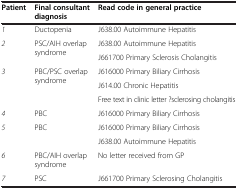
<table><thead><tr><td><b>Patient</b></td><td><b>Final consultant diagnosis</b></td><td><b>Read code in general practice</b></td></tr></thead><tbody><tr><td><i>1</i></td><td>Ductopenia</td><td>J638.00 Autoimmune Hepatitis</td></tr><tr><td rowspan="2"><i>2</i></td><td rowspan="2">PSC/AIH overlap syndrome</td><td>J638.00 Autoimmune Hepatitis</td></tr><tr><td>J661700 Primary Sclerosis Cholangitis</td></tr><tr><td rowspan="3"><i>3</i></td><td rowspan="3">PBC/PSC overlap syndrome</td><td>J616000 Primary Biliary Cirrhosis</td></tr><tr><td>J614.00 Chronic Hepatitis</td></tr><tr><td>Free text in clinic letter ?sclerosing cholangitis</td></tr><tr><td><i>4</i></td><td>PBC</td><td>J616000 Primary Biliary Cirrhosis</td></tr><tr><td rowspan="2"><i>5</i></td><td rowspan="2">PBC</td><td>J616000 Primary Biliary Cirrhosis</td></tr><tr><td>J638.00 Autoimmune Hepatitis</td></tr><tr><td><i>6</i></td><td>PBC/AIH overlap syndrome</td><td>No letter received from GP</td></tr><tr><td><i>7</i></td><td>PSC</td><td>J661700 Primary Sclerosing Cholangitis</td></tr></tbody></table>